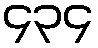
၄၃၄